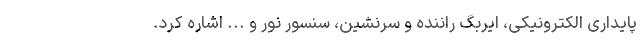
پایداری الکترونیکی، ایربگ راننده و سرنشین، سنسور نور و ... اشاره کرد.